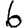
Digit: 6